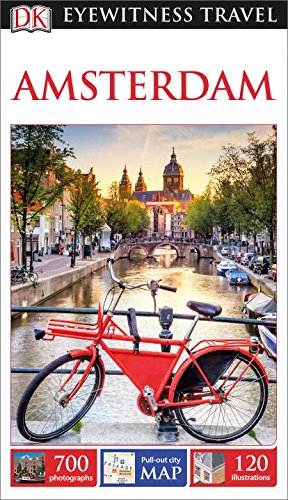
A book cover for DK Eyewitness Travel Guide: Amsterdam: DK EWTG Amsterdam 2015; DK Publishing; Travel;